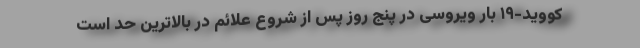
کووید-۱۹ بار ویروسی در پنج روز پس از شروع علائم در بالاترین حد است